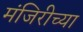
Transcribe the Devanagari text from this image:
मंजिरीच्या